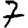
Digit: 7